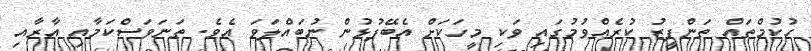
ހުކުމްތައް ތަންފީޒު ކުރެއްވުމުގައި ވަކި މީހަކަށް އެބޭފުޅުން ނުބައްލަވަ އެވެ. ތަނަވަސްކަމާއި އާރާއި